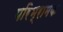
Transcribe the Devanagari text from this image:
परिभ्रामक